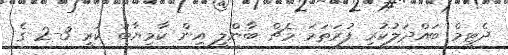
ދެޓީމް ބައްދަލުކުރި ފުރަތަމަ މެޗް ބާންލީ އިން ކާމިޔާބު ކުރީ 3-2 ގެ